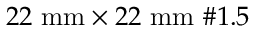
2 2 ~ \mathrm { m m } \times 2 2 ~ \mathrm { m m } ~ \# 1 . 5